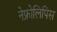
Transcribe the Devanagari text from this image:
नेफ्रोलिपिस